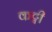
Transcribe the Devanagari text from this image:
कट्वी